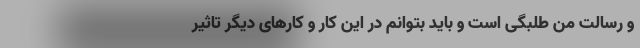
و رسالت من طلبگی است و باید بتوانم در این کار و کارهای دیگر تاثیر